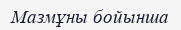
Мазмұны бойынша